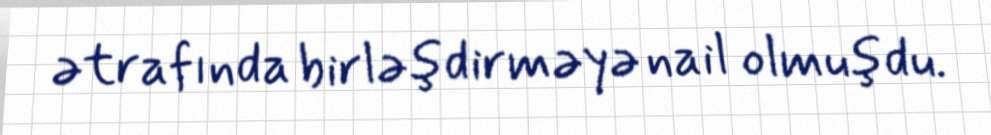
ətrafında birləşdirməyə nail olmuşdu.